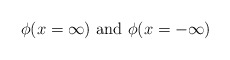
\begin{align*}\phi (x=\infty )\textrm{ and }\phi (x=-\infty )\end{align*}